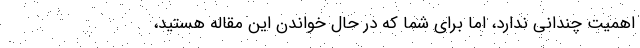
اهمیت چندانی ندارد، اما برای شما که در حال خواندن این مقاله هستید،